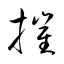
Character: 摧